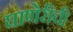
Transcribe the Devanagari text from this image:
घाणेरीची